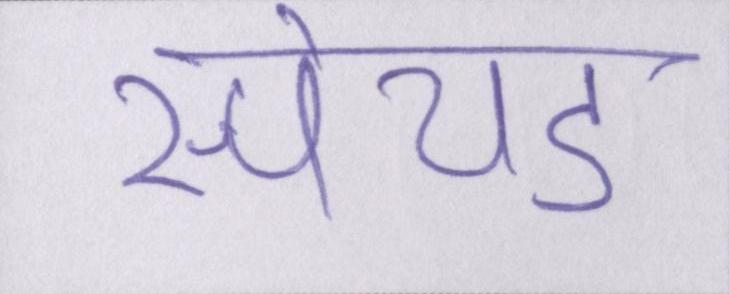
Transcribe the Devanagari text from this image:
स्पेयर्ड